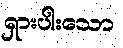
ရှားပါးသော